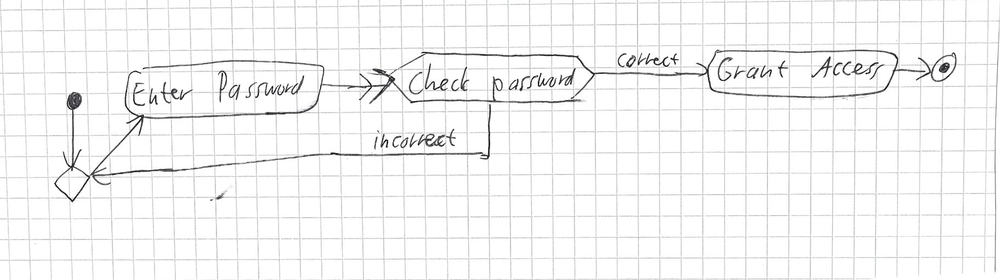
Diagram type: activity_diagram
```plantuml
@startuml

start
repeat
  :Enter Password;
repeat while (Check password) is (incorrect) not (correct)
:Grant Access;
stop

@enduml
```